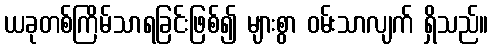
ယခုတစ်ကြိမ်သာရခြင်းဖြစ်၍ များစွာ ဝမ်းသာလျက် ရှိသည်။